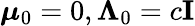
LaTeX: {\boldsymbol{\mu}}_{0}=0,\mathbf{\Lambda}_{0}=c\mathbf{I}